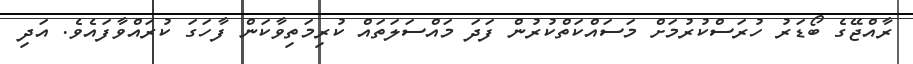
ރާއްޖޭގެ ބޯޑަރު ހުރަސްކުރުމަށް މަސައްކަތްކުރުން ފަދަ މައްސަލަތައް ކުރިމަތިވާކަން ފާހަގަ ކުރައްވާފައެވެ. އަދި